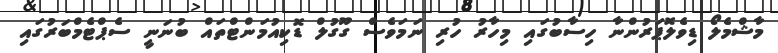
މާޝްމެލޯ ޑިވެލޮޕަރުންނާ ހިސާބުގައި މިހާރު ހުރި ނަމަވެސް ގޫގުލް ޑޮކިއުމަންޓްތައް ބުނަނީ ސެޕްޓެމްބަރުގައި